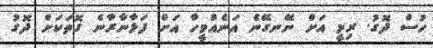
ހުސް ދޮގު. ރިމީ އަށް ނޭނގޭނެ އަނެއްމީހާ އަށް ފަޅާނާރާނެ ގޮތަކަށް ދޮގު